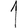
Digit: 1